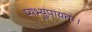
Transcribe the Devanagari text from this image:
प्यभ्युपायतः।